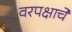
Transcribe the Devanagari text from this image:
वरपक्षाचे